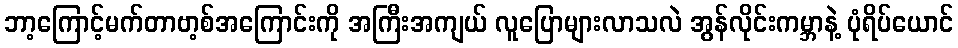
ဘာ့ကြောင့်မက်တာဗာ့စ်အကြောင်းကို အကြီးအကျယ် လူပြောများလာသလဲ အွန်လိုင်းကမ္ဘာနဲ့ ပုံရိပ်ယောင်